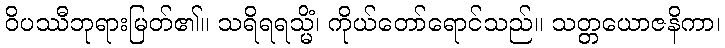
ဝိပဿီဘုရားမြတ်၏။ သရိရရသ္မိံ၊ ကိုယ်တော်ရောင်သည်။ သတ္တယောဇနိကာ၊